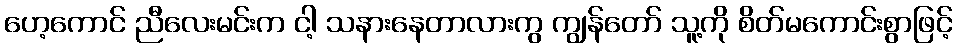
ဟေ့ကောင် ညီလေးမင်းက ငါ့ သနားနေတာလားကွ ကျွန်တော် သူ့ကို စိတ်မကောင်းစွာဖြင့်